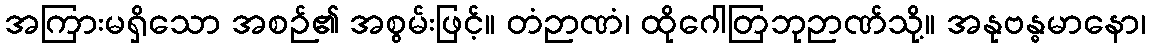
အကြားမရှိသော အစဉ်၏ အစွမ်းဖြင့်။ တံဉာဏံ၊ ထိုဂေါတြဘုဉာဏ်သို့။ အနုဗန္ဓမာနော၊